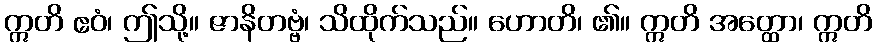
ဣတိ ဧဝံ၊ ဤသို့။ ဇာနိတဗ္ဗံ၊ သိထိုက်သည်။ ဟောတိ၊ ၏။ ဣတိ အတ္ထော၊ ဣတိ